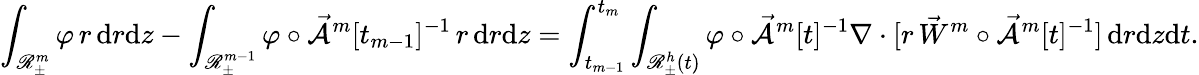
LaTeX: \int_{\mathscr{R}_{\pm}^{m}}\varphi\, r\, \mathrm{d}r\mathrm{d}z-\int_{\mathscr{R}_{\pm}^{m-1}}\varphi\circ\mathcal{\vec{A}}^{m}[t_{m-1}]^{-1}\, r\, \mathrm{d}r\mathrm{d}z=\int_{t_{m-1}}^{t_{m}}\int_{\mathscr{R}_{\pm}^{h}(t)}\varphi\circ\mathcal{\vec{A}}^{m}[t]^{-1}\nabla\cdot[r\, \vec{W}^{m}\circ\mathcal{\vec{A}}^{m}[t]^{-1}]\, \mathrm{d}r\mathrm{d}z\mathrm{d}t.